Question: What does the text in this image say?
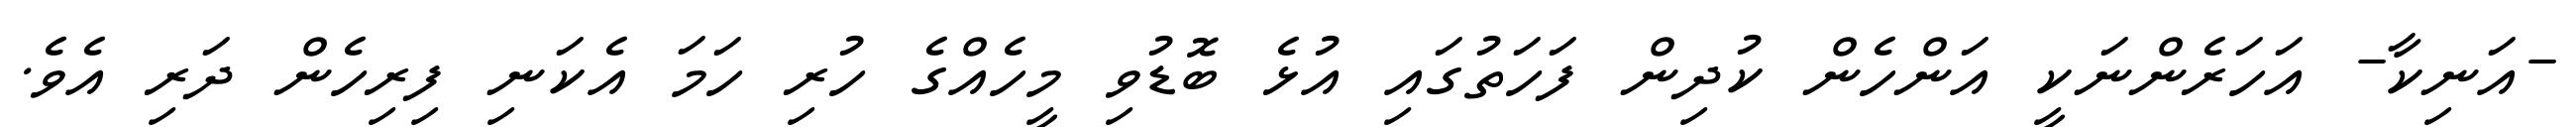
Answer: -އަނިކާ- އަހަރެންނަކީ އަންހެން ކުދިން ފަހަތުގައި އުޅެ ބޮޑުވި މީހެއްގެ ހުރި ހަމަ އެކަނި ފިރިހެން ދަރި އެވެ.